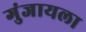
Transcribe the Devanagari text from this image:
गुंजायला